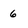
Character: 6